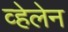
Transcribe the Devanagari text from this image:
व्हेलेन